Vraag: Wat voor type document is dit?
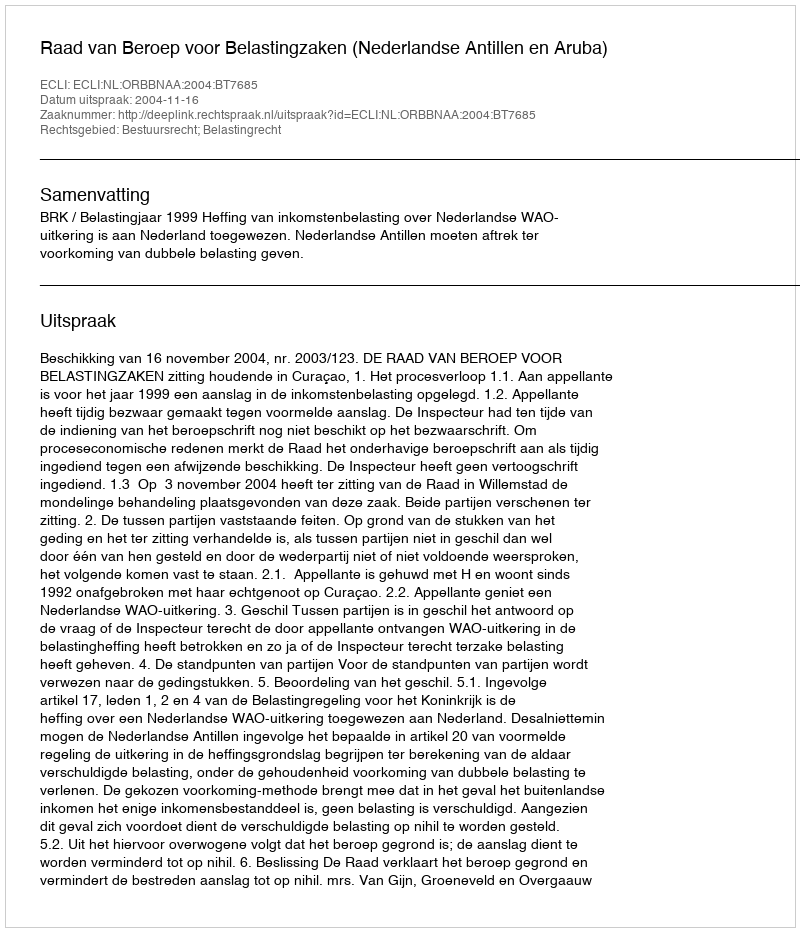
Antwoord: Uitspraak